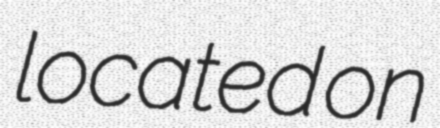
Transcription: located on